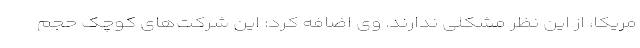
مریکا، از این نظر مشکلی ندارند. وی اضافه کرد: این شرکت‌های کوچک حجم